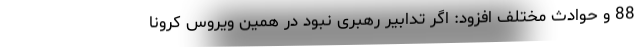
88 و حوادث مختلف افزود: اگر تدابیر رهبری نبود در همین ویروس کرونا